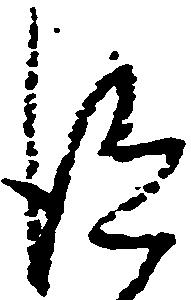
得